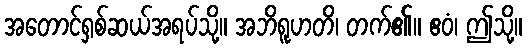
အတောင်ရှစ်ဆယ်အရပ်သို့။ အဘိရူဟတိ၊ တက်၏။ ဧဝံ၊ ဤသို့။